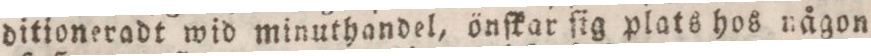
ditioneradt wid minuthandel, önſkar ſig plats hos någon